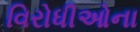
વિરોધીઓના